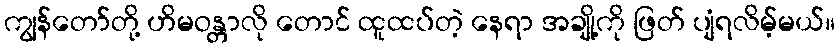
ကျွန်တော်တို့ ဟိမဝန္တာလို တောင် ထူထပ်တဲ့ နေရာ အချို့ကို ဖြတ် ပျံရလိမ့်မယ်။